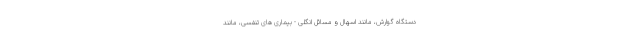
دستگاه گوارش، مانند اسهال و مسائل انگلی - بیماری های تنفسی، مانند